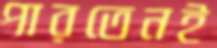
পারতেনই